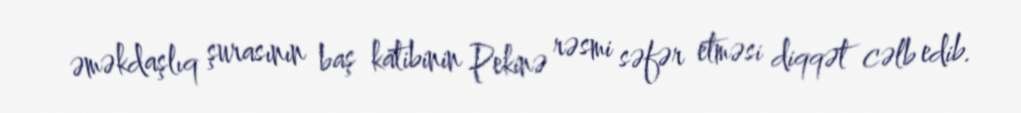
əməkdaşlıq şurasının baş katibinin Pekinə rəsmi səfər etməsi diqqət cəlb edib.